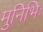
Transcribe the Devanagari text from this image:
मुनिभिः